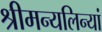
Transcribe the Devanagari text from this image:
श्रीमन्यलिन्यां